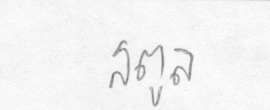
สตูล